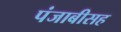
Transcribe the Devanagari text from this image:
पंजाबीसह